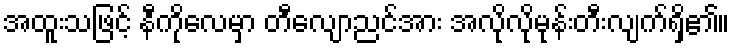
အထူးသဖြင့် နီကိုလေမှာ တီလျောညင်အား အလိုလိုမုန်းတီးလျက်ရှိ၏။